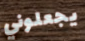
يجعلوني